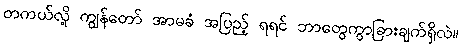
တကယ်လို့ ကျွန်တော် အာမခံ အပြည့် ရရင် ဘာတွေကွာခြားချက်ရှိလဲ။